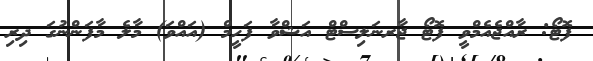
ފޮޓޯ: ރާއްޖެއެމްވީ ފޮޓޯ ޖާރނަލިސްޓް އަޝްވާ ފަހީމް (އައްވަ) މާލެ މާފަންނުގަ ދިރި